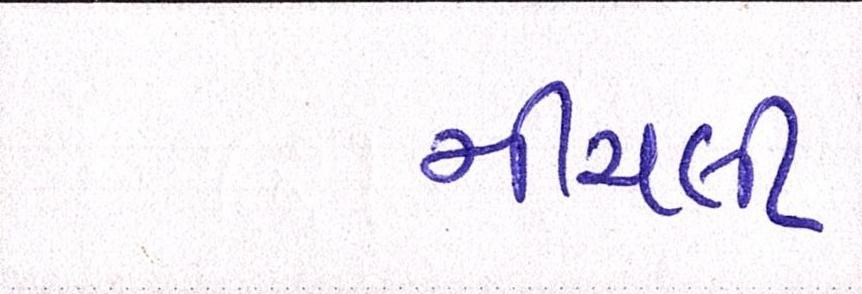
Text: નીચલી